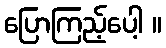
ပြောကြည့်ပေါ့ ။